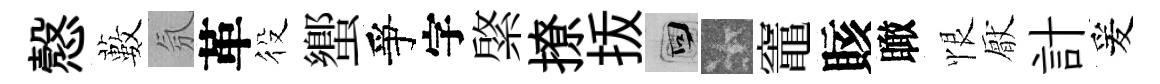
慤藪氛革役蠁爭字綮撩㧞回卡竈賅瞰恨厭計爰